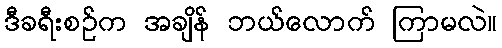
ဒီခရီးစဉ်က အချိန် ဘယ်လောက် ကြာမလဲ။